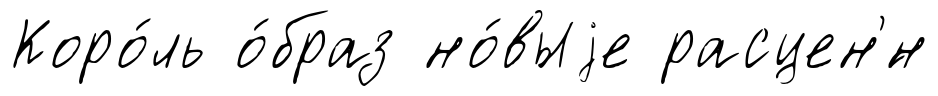
Коро́ль о́браз но́выjе расцен'́н